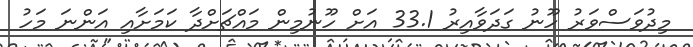
މިދުވަސްވަރު ހޫނު ގަދަވާއިރު 33.1 އަށް ހޫނުމިން މައްޗަށްދާ ކަމަށާއި އަންނަ މަހު